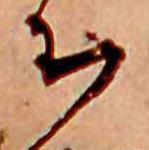
ち